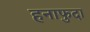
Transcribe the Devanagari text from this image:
हनाफुदा